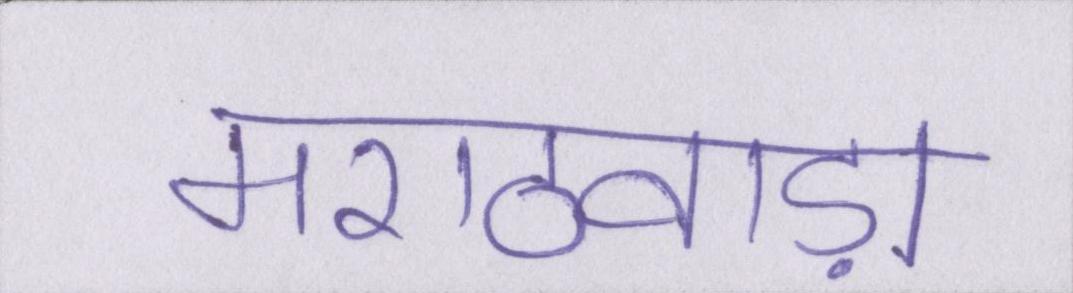
मराठवाड़ा